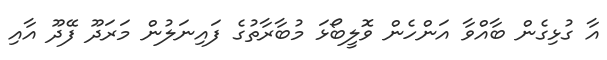
އާ ގުޅިގެން ބާއްވާ އަންހެން ވޮލީބޯޅަ މުބާރާތުގެ ފައިނަލުން މަރަދޫ ފޭދޫ އާއި